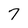
Character: 7